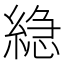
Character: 𮈮